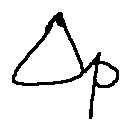
\Delta _ { p }